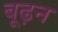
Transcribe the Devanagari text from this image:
बूढ़न